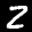
Label: 2